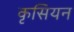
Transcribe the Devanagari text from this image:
कृसियन